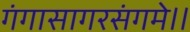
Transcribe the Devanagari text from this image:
गंगासागरसंगमे।।